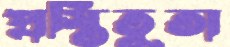
প্রস্তিতুতা